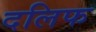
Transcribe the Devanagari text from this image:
दलिफ